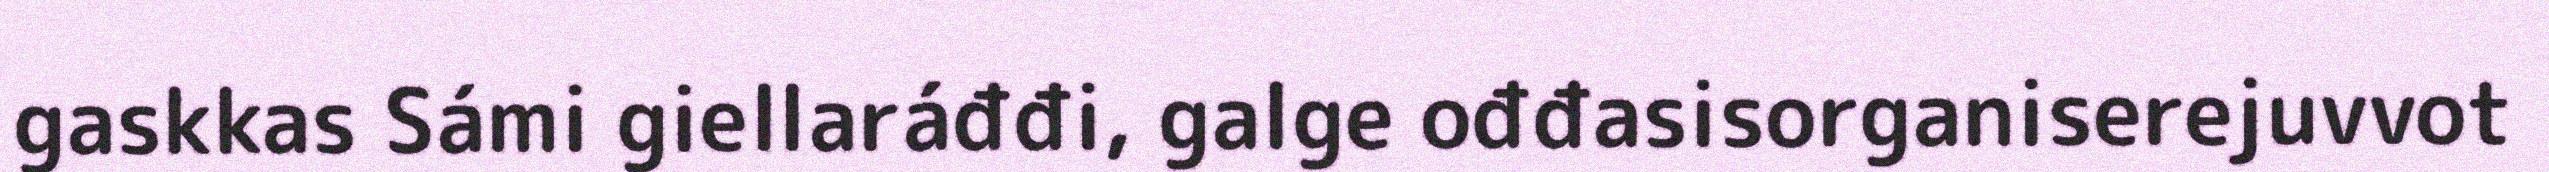
gaskkas Sámi giellaráđđi, galge ođđasisorganiserejuvvot